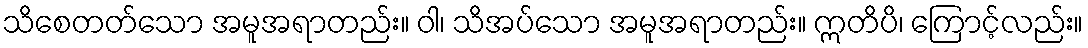
သိစေတတ်သော အမူအရာတည်း။ ဝါ၊ သိအပ်သော အမူအရာတည်း။ ဣတိပိ၊ ကြောင့်လည်း။